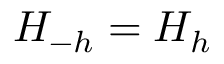
H _ { - h } = H _ { h }